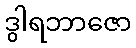
ဒွါရဘာဇော